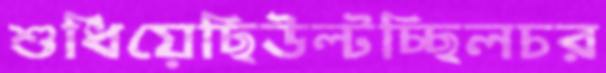
শুধিয়েছিউল্‌টচ্ছিলচর